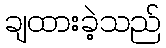
ချထားခဲ့သည်